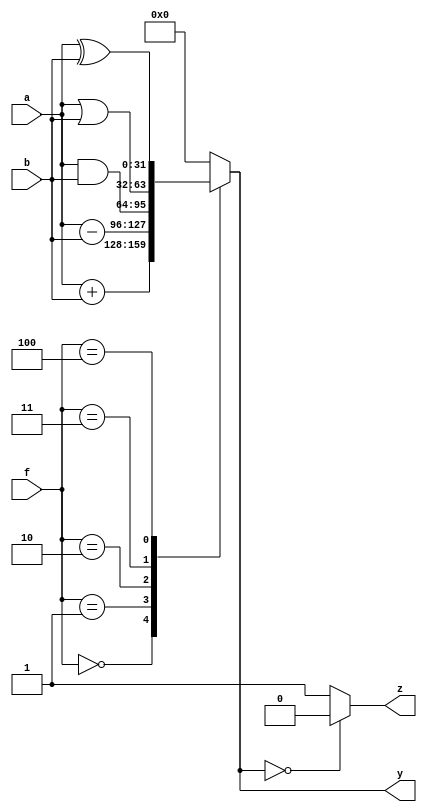
module alu_32 #(parameter WIDTH = 32)
(
    input [WIDTH - 1 : 0] a, b,
    input [2:0] f,
    output reg [WIDTH -1 : 0] y,
    output reg z
);

parameter ADD_32 = 3'b000;
parameter SUB_32 = 3'b001;
parameter AND_32 = 3'b010;
parameter OR_32 = 3'b011;
parameter XOR_32 = 3'b100;

always @(*) begin
    case (f)
        ADD_32: y = a + b;
        SUB_32: y = a - b;
        AND_32: y = a & b;
        OR_32:  y = a | b;
        XOR_32: y = a ^ b;
        default: y = 32'b0;
    endcase
end 

always @(*) begin
    if(y == 32'b0)
        z = 1'b0;
    else 
        z = 1'b1;
end

endmodule